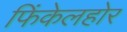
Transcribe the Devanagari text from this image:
फिंकेलहोर